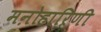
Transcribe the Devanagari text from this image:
मऩोहाऱिणी